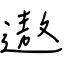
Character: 遨